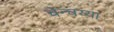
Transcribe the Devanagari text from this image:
चेन्चय्या